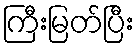
ကြီးမြတ်ပြီး